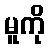
မူကို